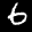
Label: 6